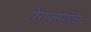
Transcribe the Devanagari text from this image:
पेराक्सीडेज